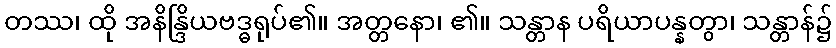
တဿ၊ ထို အနိန္ဒြိယဗဒ္ဓရုပ်၏။ အတ္တနော၊ ၏။ သန္တာန ပရိယာပန္နတွာ၊ သန္တာန်၌